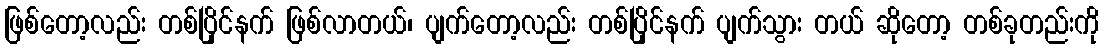
ဖြစ်တော့လည်း တစ်ပြိုင်နက် ဖြစ်လာတယ်၊ ပျက်တော့လည်း တစ်ပြိုင်နက် ပျက်သွား တယ် ဆိုတော့ တစ်ခုတည်းကို